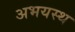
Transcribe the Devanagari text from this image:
अभयस्थ